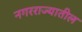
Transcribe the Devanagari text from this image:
नगरराज्यातील